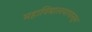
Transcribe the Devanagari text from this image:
महाविद्यालयापासून